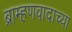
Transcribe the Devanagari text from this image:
ब्राम्हणवादाच्या